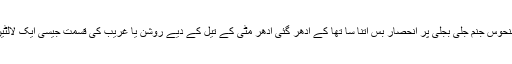
قصہ مختصر اس منحوس جنم جلی بجلی پر انحصار بس اتنا سا تھا کے اِدھر گئی اُدھر مٹی کے تیل کے دیے روشن یا غریب کی قسمت جیسی ایک لالٹین کو شعلہ دکھا دیا۔